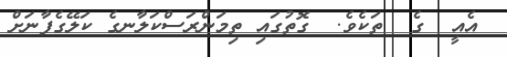
އެއީ  ގެ  ތަކެވެ.  ގޮތުގައި ތިމަންރަސްކަލާނގެ ކަލޭގެފާނަށް